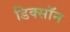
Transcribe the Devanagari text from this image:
डिक्साॅन